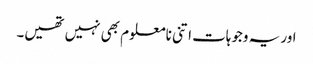
اور یہ وجوہات اتنی نامعلوم بھی نہیں تھیں۔